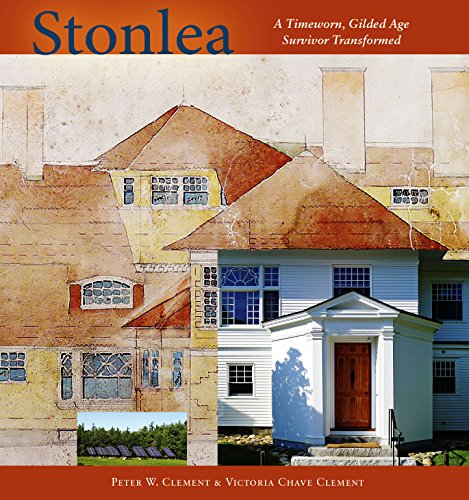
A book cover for Stonlea: A Timeworn Gilded Age Survivor Transformed; Peter W. Clement; Crafts, Hobbies & Home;